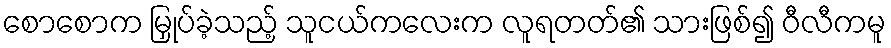
စောစောက မြှုပ်ခဲ့သည့် သူငယ်ကလေးက လူရတတ်၏ သားဖြစ်၍ ဝီလီကမူ